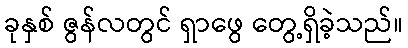
ခုနှစ် ဇွန်လတွင် ရှာဖွေ တွေ့ရှိခဲ့သည်။